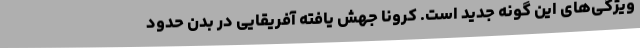
ویژگی‌های این گونه جدید است. کرونا جهش یافته آفریقایی در بدن حدود